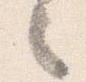
々